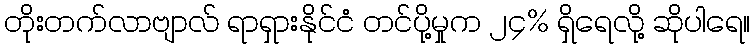
တိုးတက်လာဗျာလ် ရာရှားနိုင်ငံ တင်ပို့မှုက ၂၄% ရှိရေလို့ ဆိုပါရေ။